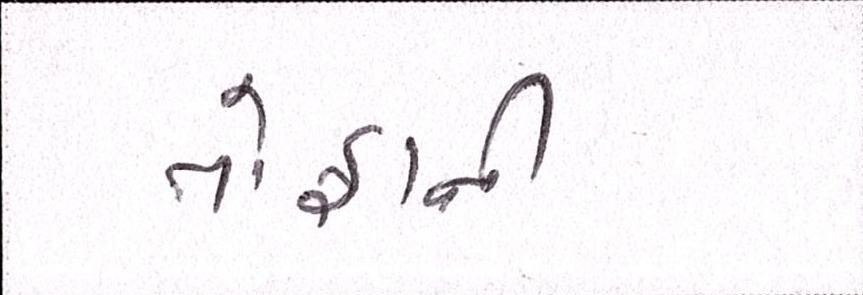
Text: તોફાની